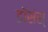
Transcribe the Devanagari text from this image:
डॉसंस्